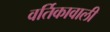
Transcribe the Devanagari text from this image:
वर्तिकावाली